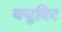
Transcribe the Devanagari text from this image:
क्युबिट